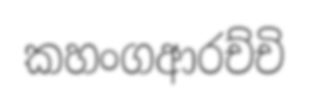
කහංගආරච්චි